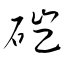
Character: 磑